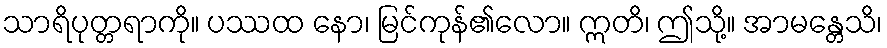
သာရိပုတ္တရာကို။ ပဿထ နော၊ မြင်ကုန်၏လော။ ဣတိ၊ ဤသို့။ အာမန္တေသိ၊